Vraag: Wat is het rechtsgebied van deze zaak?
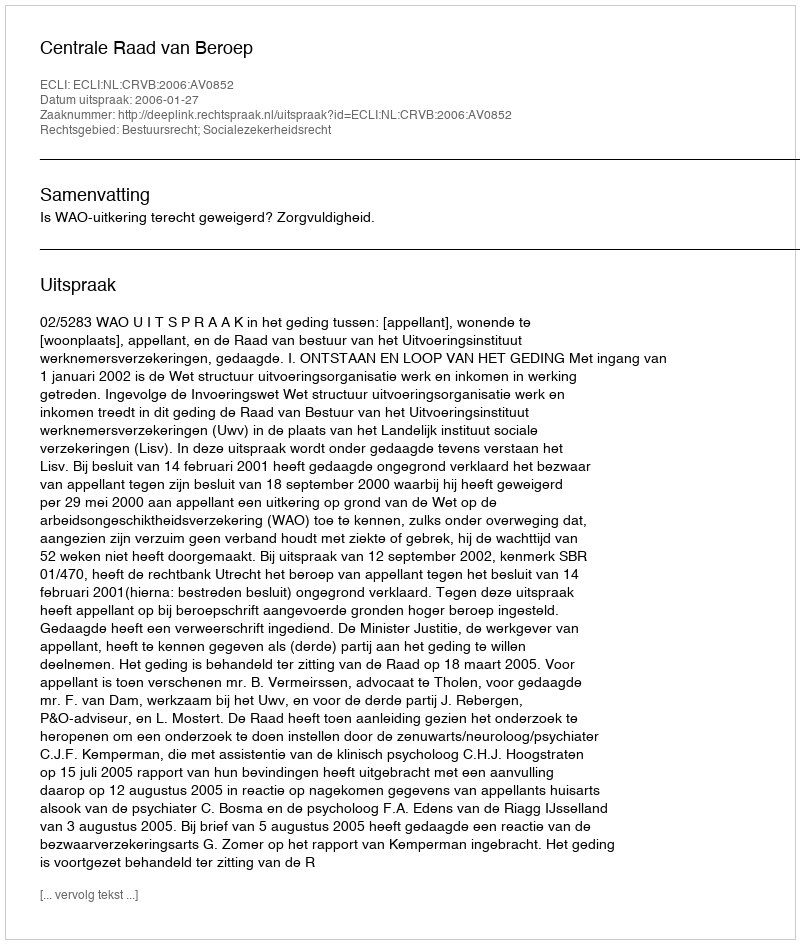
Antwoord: Bestuursrecht; Socialezekerheidsrecht